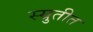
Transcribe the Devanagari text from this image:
स्म्रुतीत